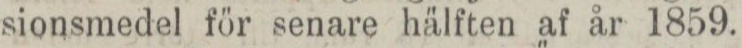
sionsmedel för senare hälften af år 1859.